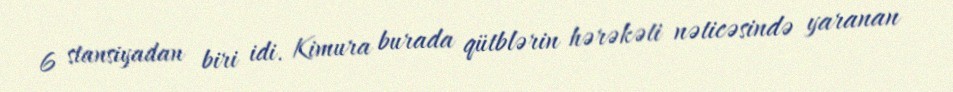
6 stansiyadan biri idi. Kimura burada qütblərin hərəkəti nəticəsində yaranan